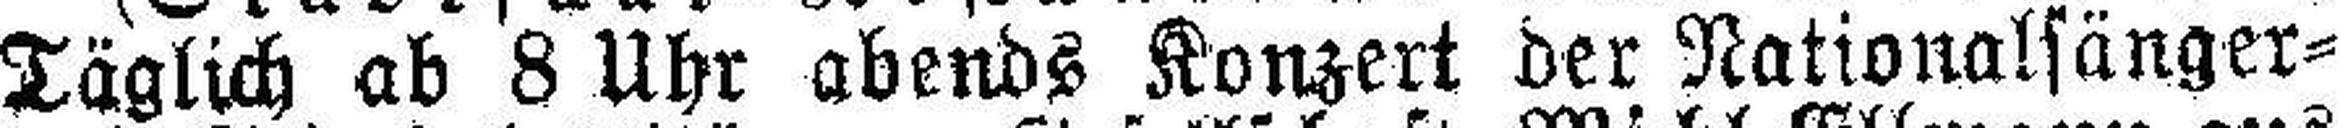
Täglich ab 8 Uhr abends Konzert der Nationalsänger=